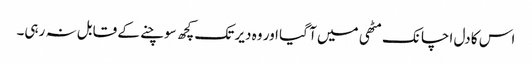
اس کا دل اچانک مٹھی میں آ گیا اور وہ دیر تک کچھ سوچنے کے قابل نہ رہی۔